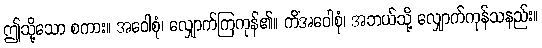
ဤသို့သော စကား။ အဝေါစုံ၊ လျှောက်ကြကုန်၏။ ကိံအဝေါစုံ၊ အဘယ်သို့ လျှောက်ကုန်သနည်း။